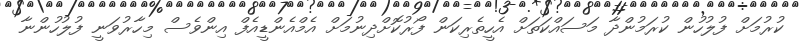
ކުރުމަށް ފުލުހުން ކުރަމުންދާ މަސައްކަތަށް އެހީތެރިކަން ފޯރުކޮށްދިނުމަށް އެމްއެންޑީއެފް އިންވެސް މިހާރުވަނީ ފުލުހުންނާ